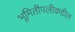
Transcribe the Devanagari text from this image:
भूमितीपलीकडील